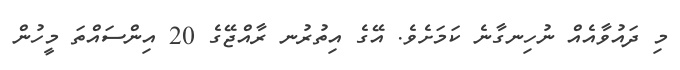
މި ދައުވާއެއް ނުހިނގާނެ ކަމަށެވެ. އޭގެ އިތުރުނ ރާއްޖޭގެ 20 އިންސައްތަ މީހުން